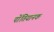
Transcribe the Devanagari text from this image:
पोंतियानक